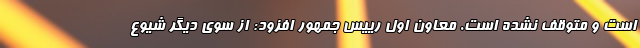
است و متوقف نشده است. معاون اول رییس جمهور افزود: از سوی دیگر شیوع